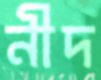
নীদ